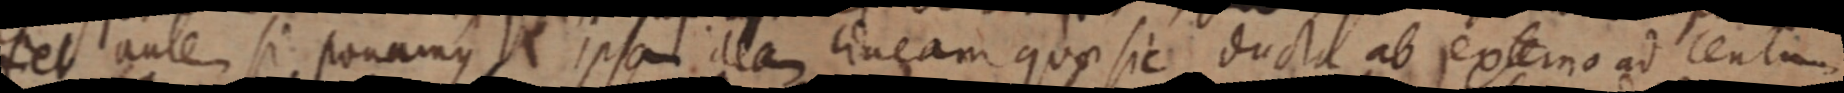
fiet autem si ponamus ipsam dea lineam quae sic ducta ab externo ad centum